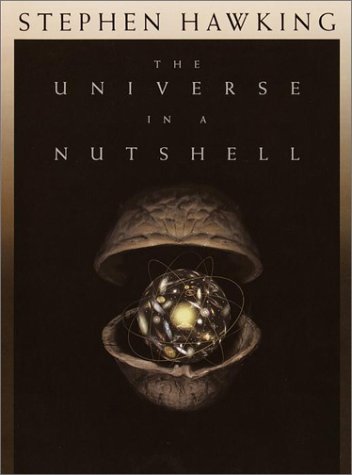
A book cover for The Universe in a Nutshell; Stephen William Hawking; Science & Math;